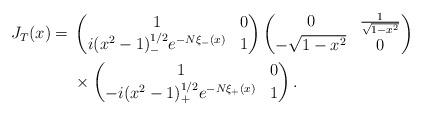
LaTeX: \begin{align*} J_T(x) ={}& \begin{pmatrix} 1 & 0 \\ i(x^2-1)^{1/2}_- e^{-N\xi_-(x)} & 1 \end{pmatrix}\begin{pmatrix} 0 & \frac{1}{\sqrt{1-x^2}} \\ - \sqrt{1-x^2} & 0 \end{pmatrix}\\&\times\begin{pmatrix} 1 & 0 \\ -i(x^2-1)^{1/2}_+ e^{-N\xi_+(x)} & 1 \end{pmatrix}.\end{align*}